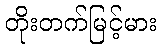
တိုးတက်မြင့်မား